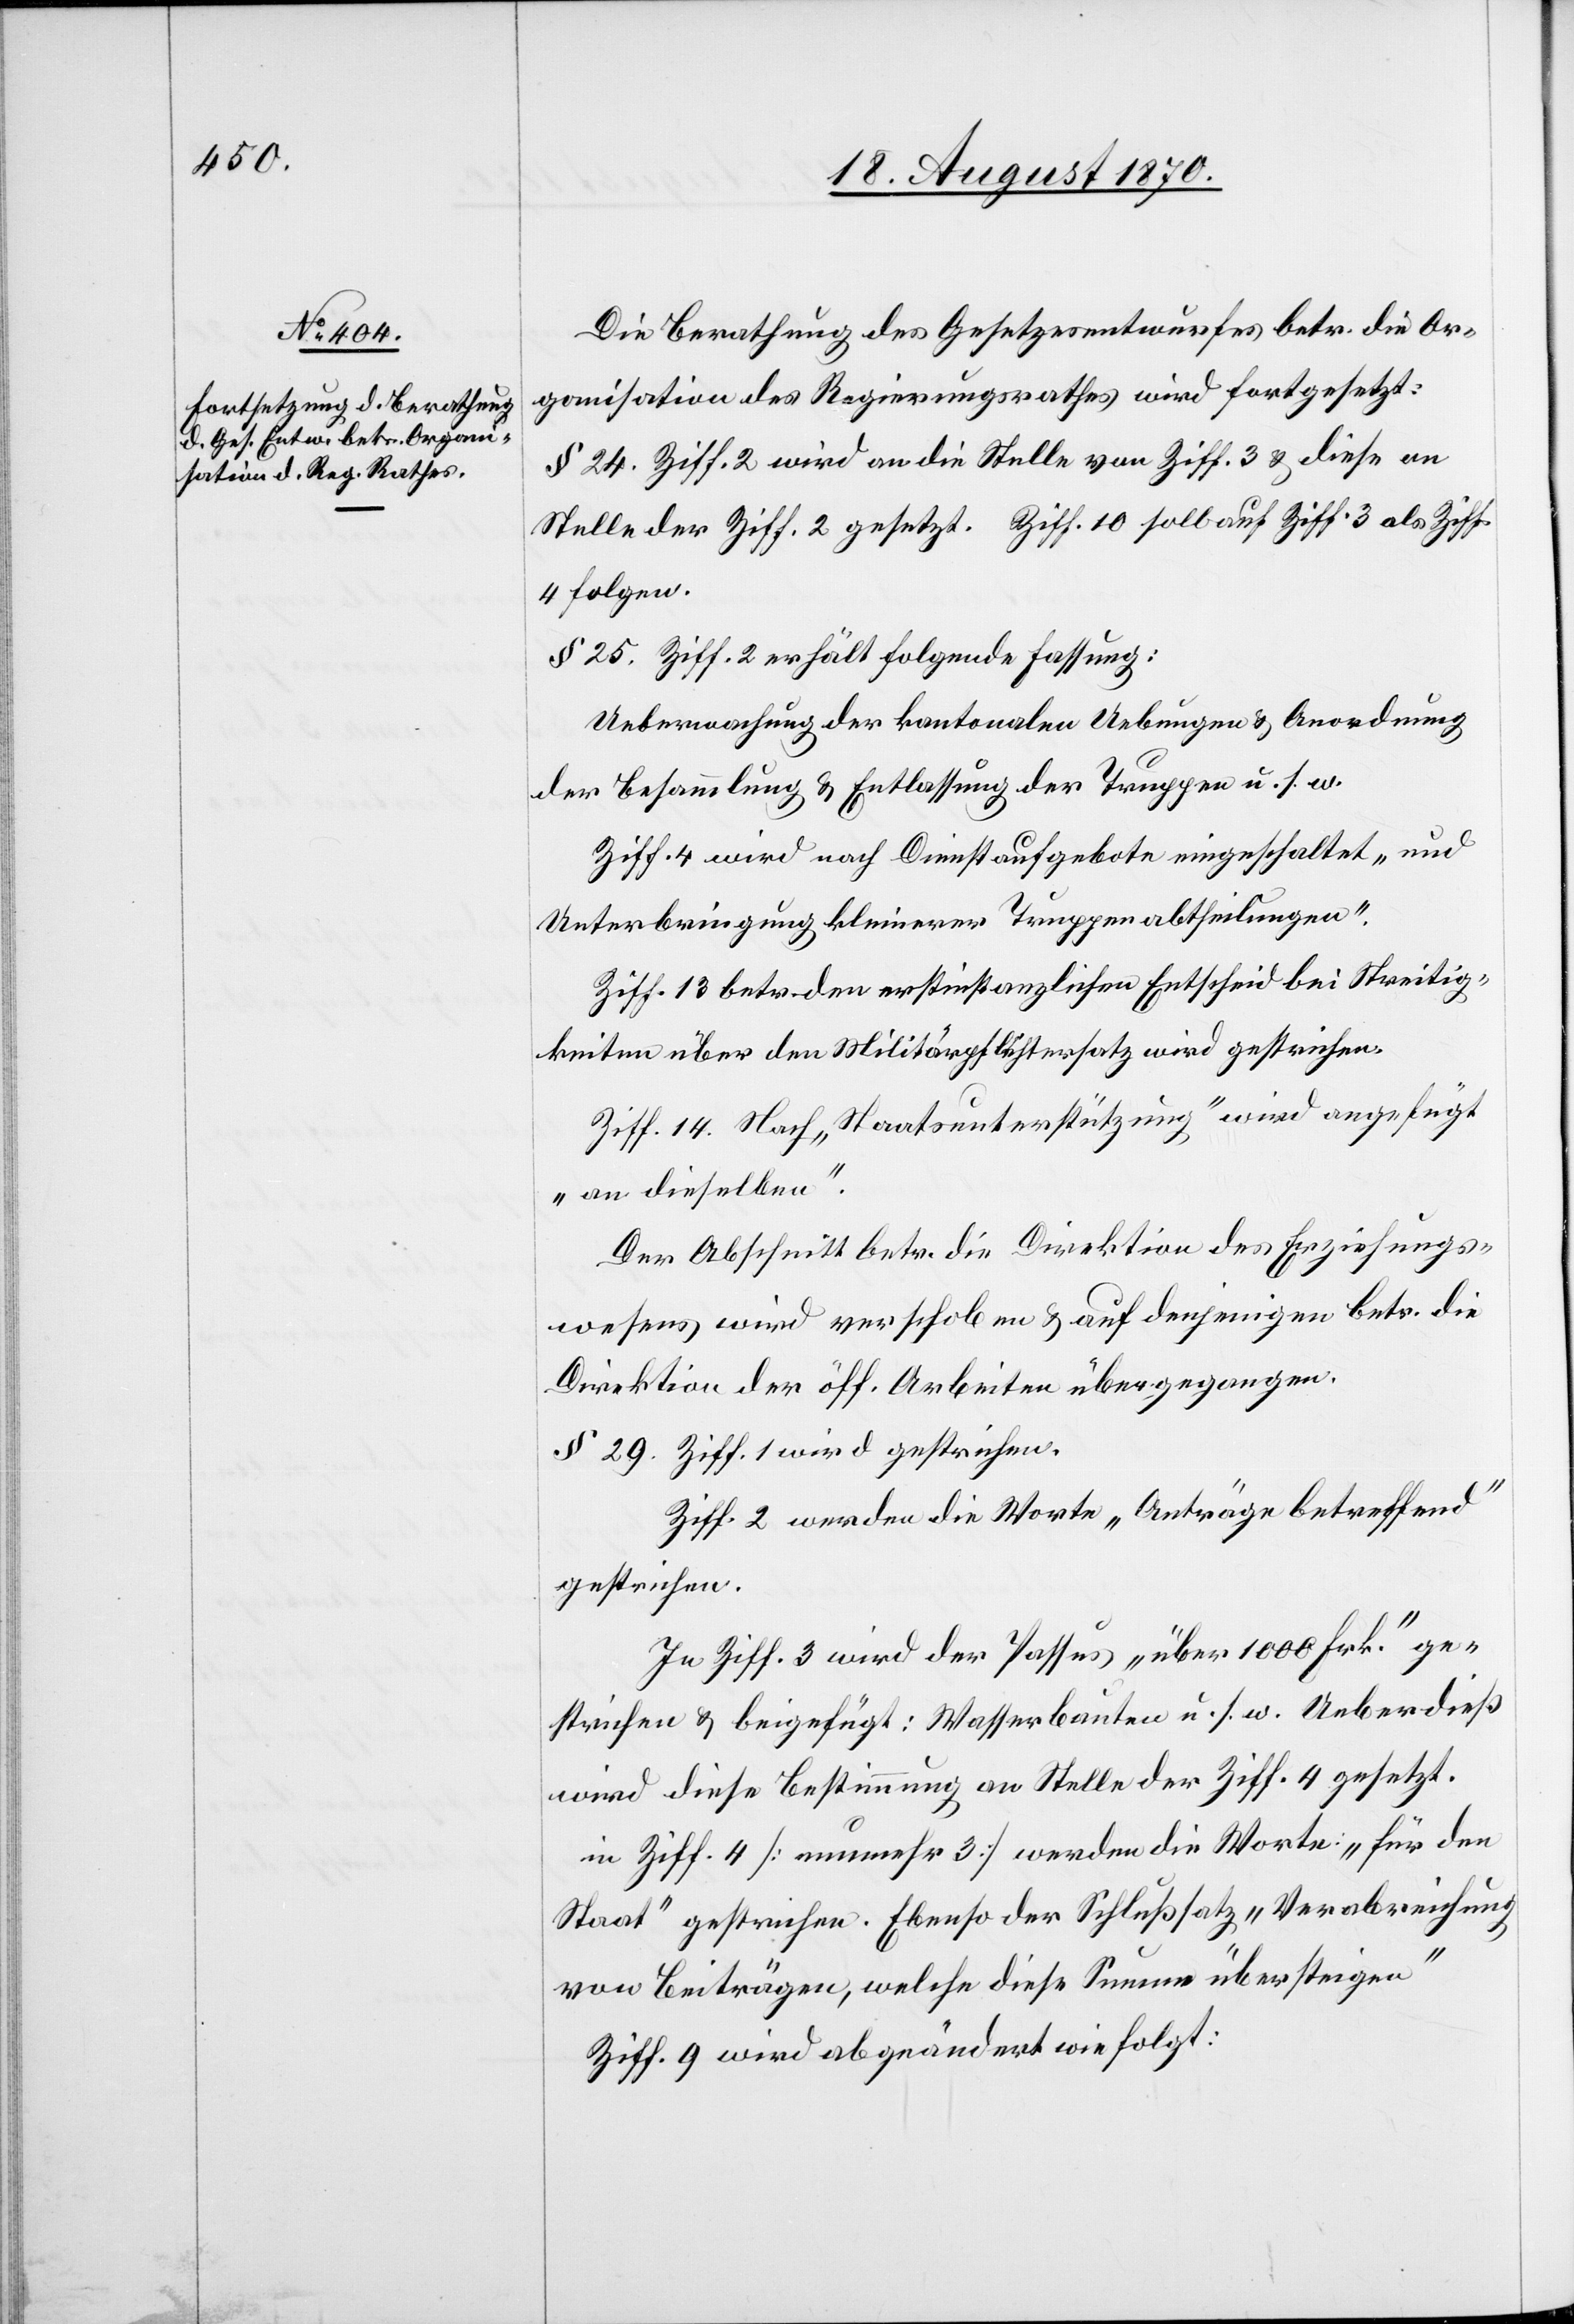
Die Berathung des Gesetzesentwurfes betr. die Or¬
ganisation des Regierungsrathes wird fortgesetzt:
4 folgen.
§ 25. Ziff. 2 erhält folgende Fassung:
Ueberwachung der kantonalen Uebungen & Anordnung
der Besammlung & Entlassung der Truppen u. s. w.
Ziff. 4 wird auf Dienstaufgebote eingeschaltet „und
Unterbringung kleiner Truppenabtheilungen.“
Ziff. 13 betr. den erstinstanzlichen Entscheid bei Streitig¬
keiten über den Militärpflichtersatz wird gestrichen.
Ziff. 14 Nach „Staatsunterstützung“ wird angeführt
„an dieselben“.
Der Abschnitt betr. die Direktion des Erziehungs¬
wesens wird verschoben & auf denjenigen betr. die
Direktion der öff. Arbeiten übergegangen.
§ 29. Ziff. 1 wird gestrichen.
Ziff. 2 werden die Worte „Anträge betreffend“
gestrichen.
In Ziff. 3 wird der Passus „über 1000 Frk.“ ge¬
strichen & beigefügt: Wasserbauten u. s. w. Ueberdieß
wird diese Bestimmung an Stelle der Ziff. 4 gesetzt.
Ziff. 4 [nunmehr 3] werden die Worte „für den
Staat“ gestrichen. Ebenso der Schlußsatz „Verabreichung
10
von Beiträgen, welche diese Summe übersteigen“
Ziff. 9 wird abgeändert wie folgt: